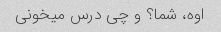
اوه، شما؟ و چی درس میخونی